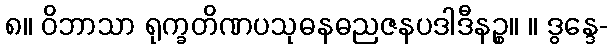
၈။ ဝိဘာသာ ရုက္ခတိဏပသုဓနဓညဇနပဒါဒီနဉ္စ။ ။ ဒွန္ဒေ-